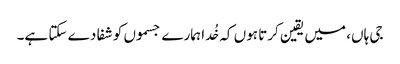
جی ہاں، میں یقین کرتا ہوں کہ خُدا ہمارے جسموں کو شفا دے سکتا ہے۔